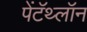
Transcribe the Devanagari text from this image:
पेंटॅथ्लॉन